Indian journal of veterinary science and animal husbandry - Volume 12,
Year: 1942
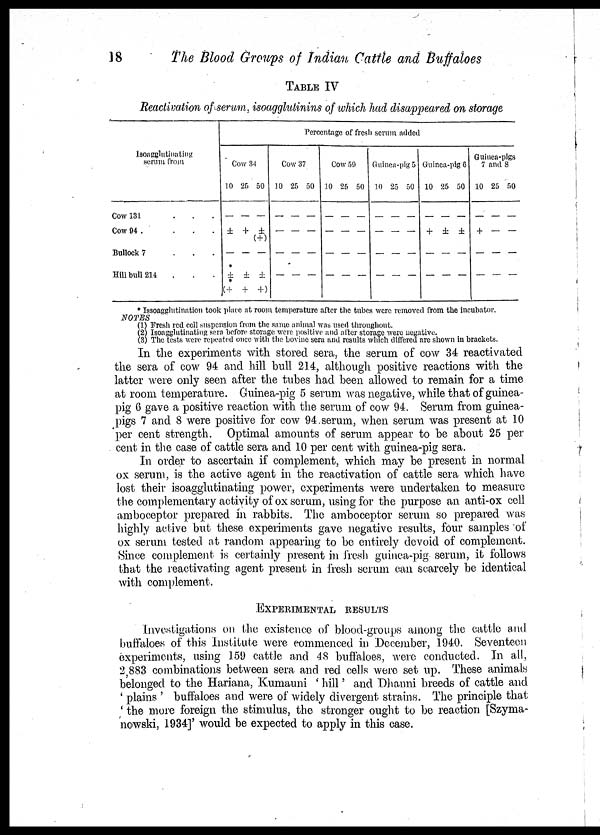
18
The Blood Groups of Indian Cattle and Buffaloes
TABLE IV
Reactivation of serum, isoagglutinins of which had disappeared on storage
Isoagglutinating
scrum from
Cow 131 . . .
Cow 94 . . . .
Bullock 7
.
.
.
Hill bull 214 . . .
Percentage of fresh serum added
Cow 34
10 25 50
— — —
± + ±
( + )
— — —
*
± ± ±
*
(+ + +)
Cow 37
10 25 50
— — —
— — —
— — —
— — —
Cow 59
10 25 50
— — —
— — —
— — —
— — —
Guinea-pig 5
10 25 50
— — —
— — —
— — —
— — —
Guinea-pig 6
10 25 50
— — —
+ ± ±
— — —
— — —
Guinea-pigs
7 and 8
10 25 50
— — —
+ — —
— — —
— — —
* Issoagglutination took place at room temperature after the tubes were removed from the incubator.
NOTES
(1) Fresh red cell suspension from the same animal was used throughout.
(2) Isoagglutinating sera before storage were positive and after storage were negative.
(3) The tests were repeated once with the bovine sera and results which differed are shown in brackets.
In the experiments with stored sera, the serum of cow 34 reactivated
the sera of cow 94 and hill bull 214, although positive reactions with the
latter were only seen after the tubes had been allowed to remain for a time
at room temperature. Guinea-pig 5 serum was negative, while that of guinea-
pig 6 gave a positive reaction with the serum of cow 94. Serum from guinea-
pigs 7 and 8 were positive for cow 94 serum, when serum was present at 10
per cent strength. Optimal amounts of serum appear to be about 25 per
cent in the case of cattle sera and 10 per cent with guinea-pig sera.
In order to ascertain if complement, which may be present in normal
ox serum, is the active agent in the reactivation of cattle sera which have
lost their isoagglutinating power, experiments were undertaken to measure
the complementary activity of ox serum, using for the purpose an anti-ox cell
amboceptor prepared in rabbits. The amboceptor serum so prepared was
highly active but these experiments gave negative results, four samples of
ox serum tested at random appearing to be entirely devoid of complement.
Since complement is certainly present in fresh guinea-pig serum, it follows
that the reactivating agent present in fresh serum can scarcely be identical
with complement.
EXPERIMENTAL RESULTS
Investigations on the existence of blood-groups among the cattle and
buffaloes of this Institute were commenced in December, 1940. Seventeen
experiments, using 159 cattle and 48 buffaloes, were conducted. In all,
2 883 combinations between sera and red cells were set up. These animals
belonged to the Hariana, Kumauni ' hill' and Dhanni breeds of cattle and
' plains ' buffaloes and were of widely divergent strains. The principle that
' the more foreign the stimulus, the stronger ought to be reaction [Szyma¬
nowski, 1934]' would be expected to apply in this case.